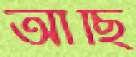
আছি